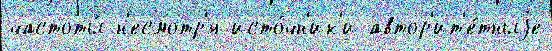
частоты́ н'есмотр'я исто́чн'ик'и автор'ит'е́тныjе